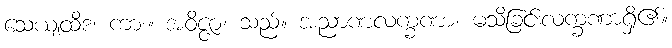
သေယျထိဒံ၊ ကား။ အဝိဇ္ဇာ၊ သည်။ အညာဏလက္ခဏာ၊ မသိခြင်းလက္ခဏာရှိ၏။